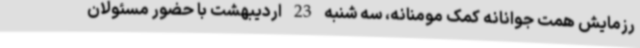
رزمایش همت جوانانه کمک مومنانه، سه شنبه 23 اردیبهشت با حضور مسئولان